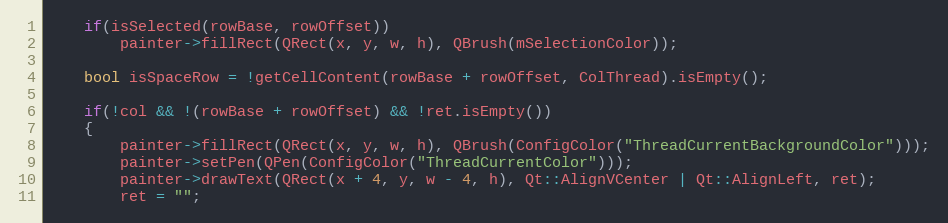
Language: C++
    if(isSelected(rowBase, rowOffset))
        painter->fillRect(QRect(x, y, w, h), QBrush(mSelectionColor));

    bool isSpaceRow = !getCellContent(rowBase + rowOffset, ColThread).isEmpty();

    if(!col && !(rowBase + rowOffset) && !ret.isEmpty())
    {
        painter->fillRect(QRect(x, y, w, h), QBrush(ConfigColor("ThreadCurrentBackgroundColor")));
        painter->setPen(QPen(ConfigColor("ThreadCurrentColor")));
        painter->drawText(QRect(x + 4, y, w - 4, h), Qt::AlignVCenter | Qt::AlignLeft, ret);
        ret = "";